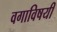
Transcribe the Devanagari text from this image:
वगाविषयी